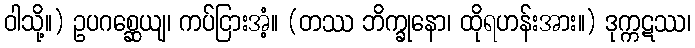
ဝါသို့။) ဥပဂစ္ဆေယျ၊ ကပ်ငြားအံ့။ (တဿ ဘိက္ခုနော၊ ထိုရဟန်းအား။) ဒုက္ကဋဿ၊